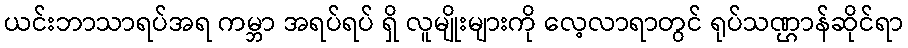
ယင်းဘာသာရပ်အရ ကမ္ဘာ အရပ်ရပ် ရှိ လူမျိုးများကို လေ့လာရာတွင် ရုပ်သဏ္ဌာန်ဆိုင်ရာ